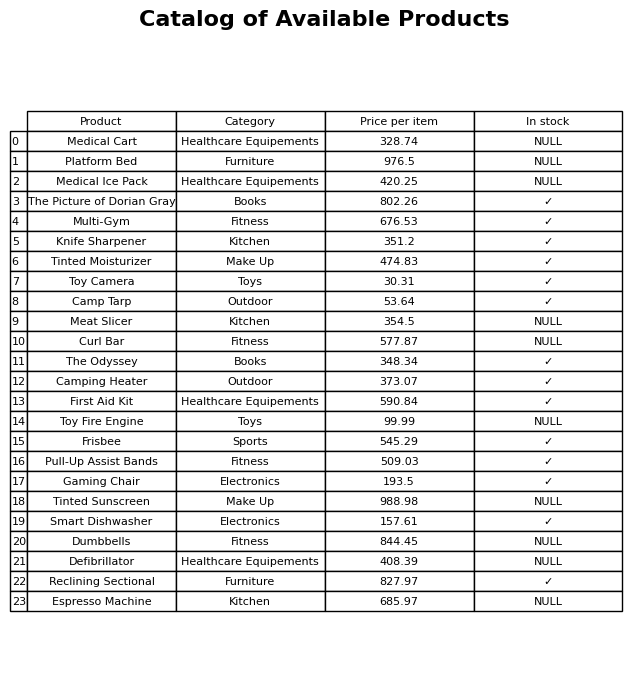
question: What is the price of the Camping Heater?
answer: The price of Camping Heater is 373.07.